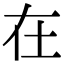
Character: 在